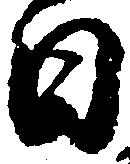
日